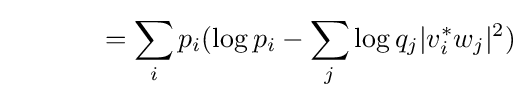
\qquad \quad \;=\sum _{i}p_{i}(\log p_{i}-\sum _{j}\log q_{j}|v_{i}^{*}w_{j}|^{2})